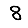
Digit: 8